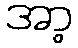
အာ့